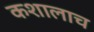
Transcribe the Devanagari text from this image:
कशालाच